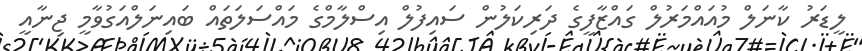
ލީޑަރު ކާނަލް މުއައްމަރުލް ގައްޒާފީގެ ދަރިކަލުން ސައިފުލް އިސްލާމްގެ މައްސަލަތައް ބައިނަލްއަގުވާމީ ޖިނާއީ